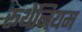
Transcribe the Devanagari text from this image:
रूथेनियम